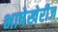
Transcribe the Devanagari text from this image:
भाषेखेरीज